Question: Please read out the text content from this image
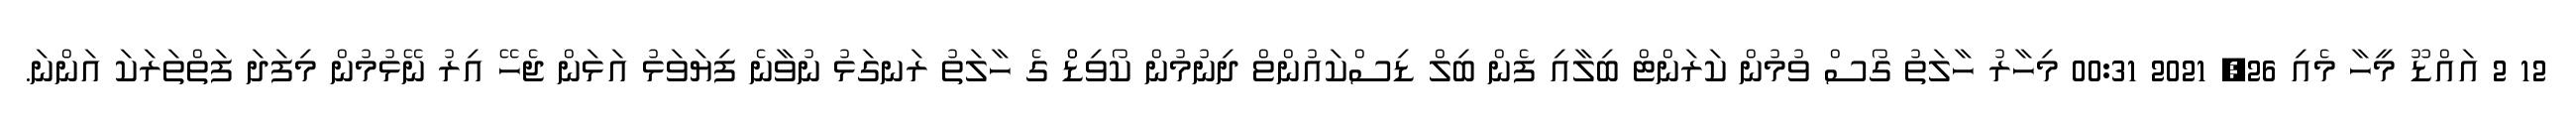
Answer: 12 2 އައްޑޫ މީހާ މެއި 26, 2021 00:31 މިހާރު ހާލަތު ގޯސް ވުމުން ކަރަންޓް ބިލާއި ފެން ބިލް ޑިސްކައުންޱް ދިނުމުން ކޯވިޑްް ގެ ހާލަތު ރަނގަޅު ނުވާނެ ފިޔަވަޅު އަޅަން ޖެހޭ އިރު ނޭޅުމުން މިފަދަ ފަތްތަރަކަ އަންނަ.